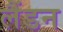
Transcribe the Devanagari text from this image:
लैंडन